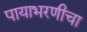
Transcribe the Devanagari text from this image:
पायाभरणीचा